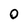
Character: O